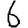
Digit: 6